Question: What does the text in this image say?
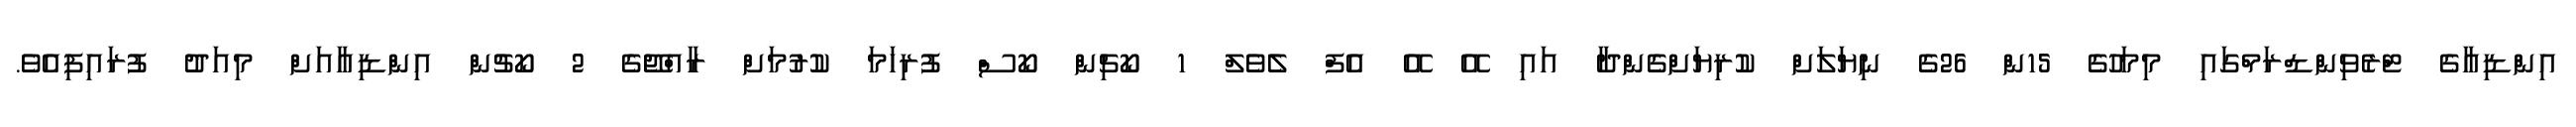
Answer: އިންޑިއާގެ ޓްރެވިންޑްރަމްގައި މިމަހުގެ 15ން 26ގެ ނިޔަލަށް ކުރިޔަށްގެންދާ އައި އޭ އޭ އެފް ލެވެލް 1 ކޯޗިން ކޯސް ފުރިހަމަ ކުރުމަށް ރާއްޖޭގެ 2 ކޯޗުން އިންޑިއާއަށް މިއަދު ފުރައިފިއެވެ.